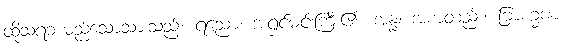
ထိုသရဘမည်သောသားသည်။ ရညော၊ အရှင်မင်းကြီး၏။ အန္နံ၊ အစာတည်း။ ဗြာဟ္မဏ၊